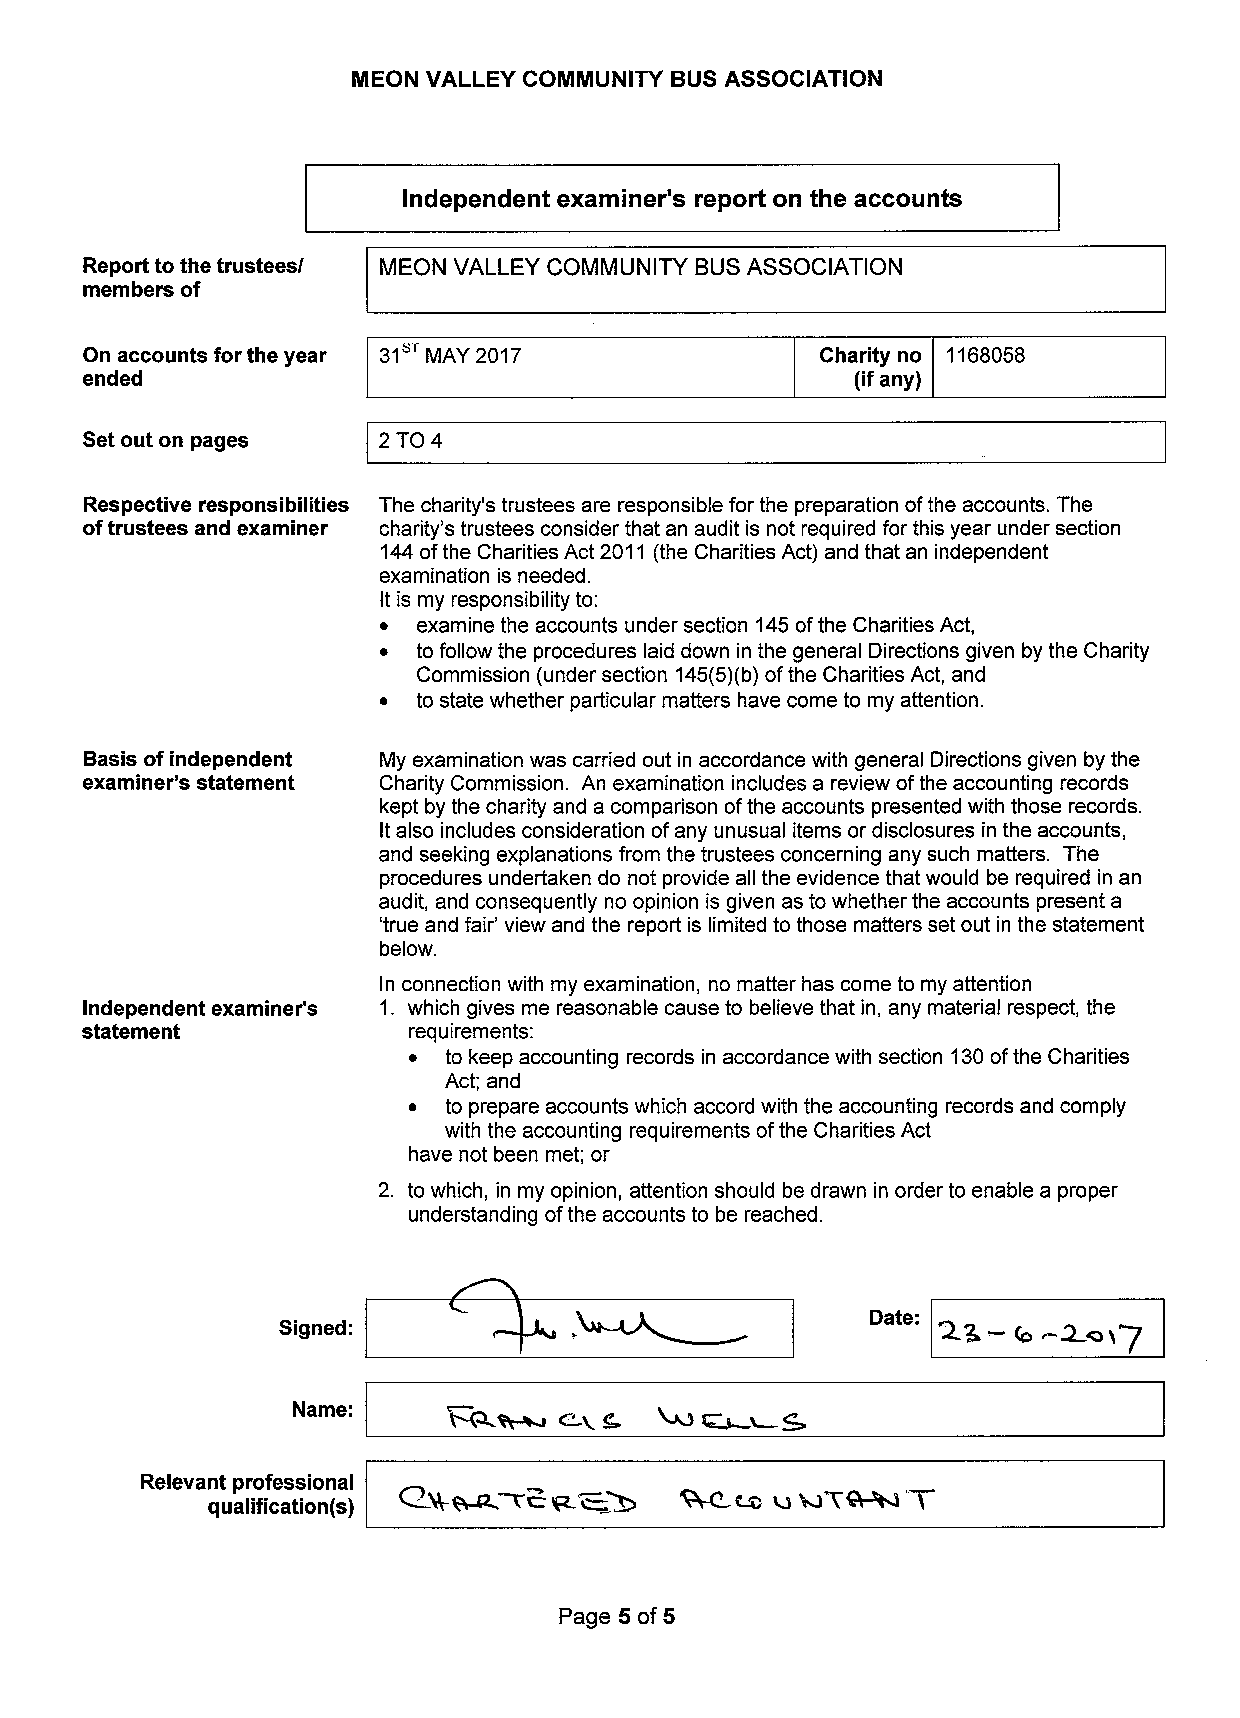
MEON VALLEY COMMUNITY BUS ASSOCIATION
 Independent examiner's report on the accounts
 Report to the trustees/ MEON VALLEY COMMUNITY BUSASSOCIATION
 members of
 '
 On accounts for the year 31 MAY 2017             Charity no 1168058
 ended                                               (ifany)
 Set out on pages    2TO4
 Respective responsibilities The charity's trustees are responsible for the preparation ofthe accounts. The
 oftrustees and examiner charity's trustees consider that an audit is not required for this year under section
 144ofthe Charities Act 2011 (the Charities Act) and that an independent
 examination is needed.
 It is my responsibility to:
 ~  examine the accounts under section 145ofthe Charities Act,
 ~  to follow the procedures laid down in the general Directions given by the Charity
 Commission (under section 145(5)(b)ofthe Charities Act, and
 ~  to state whether particular matters have come to my attention.
 Basis of independent My examination was carried out in accordance with general Directions given by the
 examiner's statement Charity Commission. An examination includes a review ofthe accounting records
 kept by the charity and a comparison ofthe accounts presented with those records.
 Italso includes consideration ofany unusual items or disclosures in the accounts,
 and seeking explanations from the trustees concerning any such matters. The
 procedures undertaken do not provide all the evidence that would be required in an
 audit, and consequently no opinion is given as to whether the accounts present a
 'true and fair' view and the report is limited to those matters set out in the statement
 below.
 In connection with my examination, no matter has come to my attention
 Independent examiner's 1. which gives me reasonable cause to believe that in, any material respect, the
 statement             requirements:
 ~ to keep accounting records in accordance with section 130ofthe Charities
 Act; and
 ~ to prepare accounts which accord with the accounting records and comply
 with the accounting requirements ofthe Charities Act
 have not been met; or
 2. to which, in my opinion, attention should be drawn in order to enable a proper
 understanding ofthe accounts to be reached.
 Date:  —
 Signed:                                     2-4  4 -W~i7
 ~~
 Name:             c'i 4
 Relevant professional
 qualification(s)
 Page 5 of 5